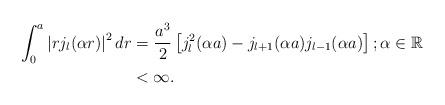
LaTeX: \begin{align*}\begin{aligned}\int_{0}^{a}\left|r j_{l}(\alpha r)\right|^2 dr &=\frac{a^3}{2}\left[j_{l}^{2}(\alpha a)-j_{l+1}(\alpha a)j_{l-1}(\alpha a)\right]; \alpha \in \mathbb{R} \\&< \infty.\end{aligned}\end{align*}